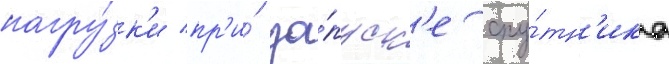
нагру́зк'и пр'и́ за́пуск'е спу́тн'ика